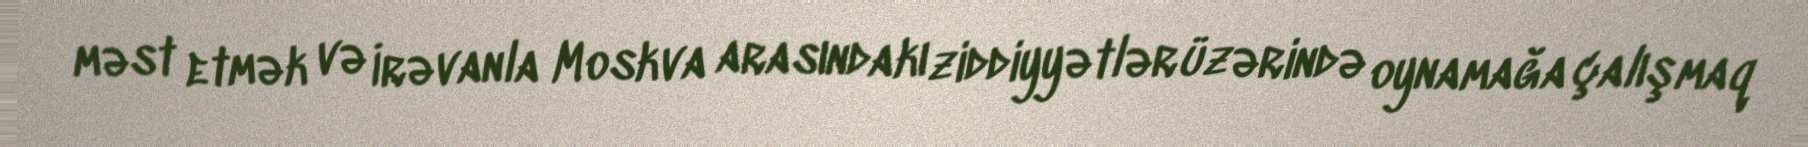
məst etmək və İrəvanla Moskva arasındakı ziddiyyətlər üzərində oynamağa çalışmaq